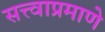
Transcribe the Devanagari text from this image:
सत्त्वाप्रमाणे